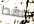
فقط